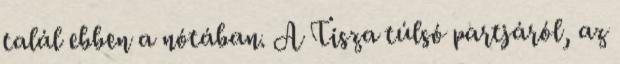
talál ebben a nótában. A Tisza túlsó partjáról, az